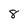
Character: 8